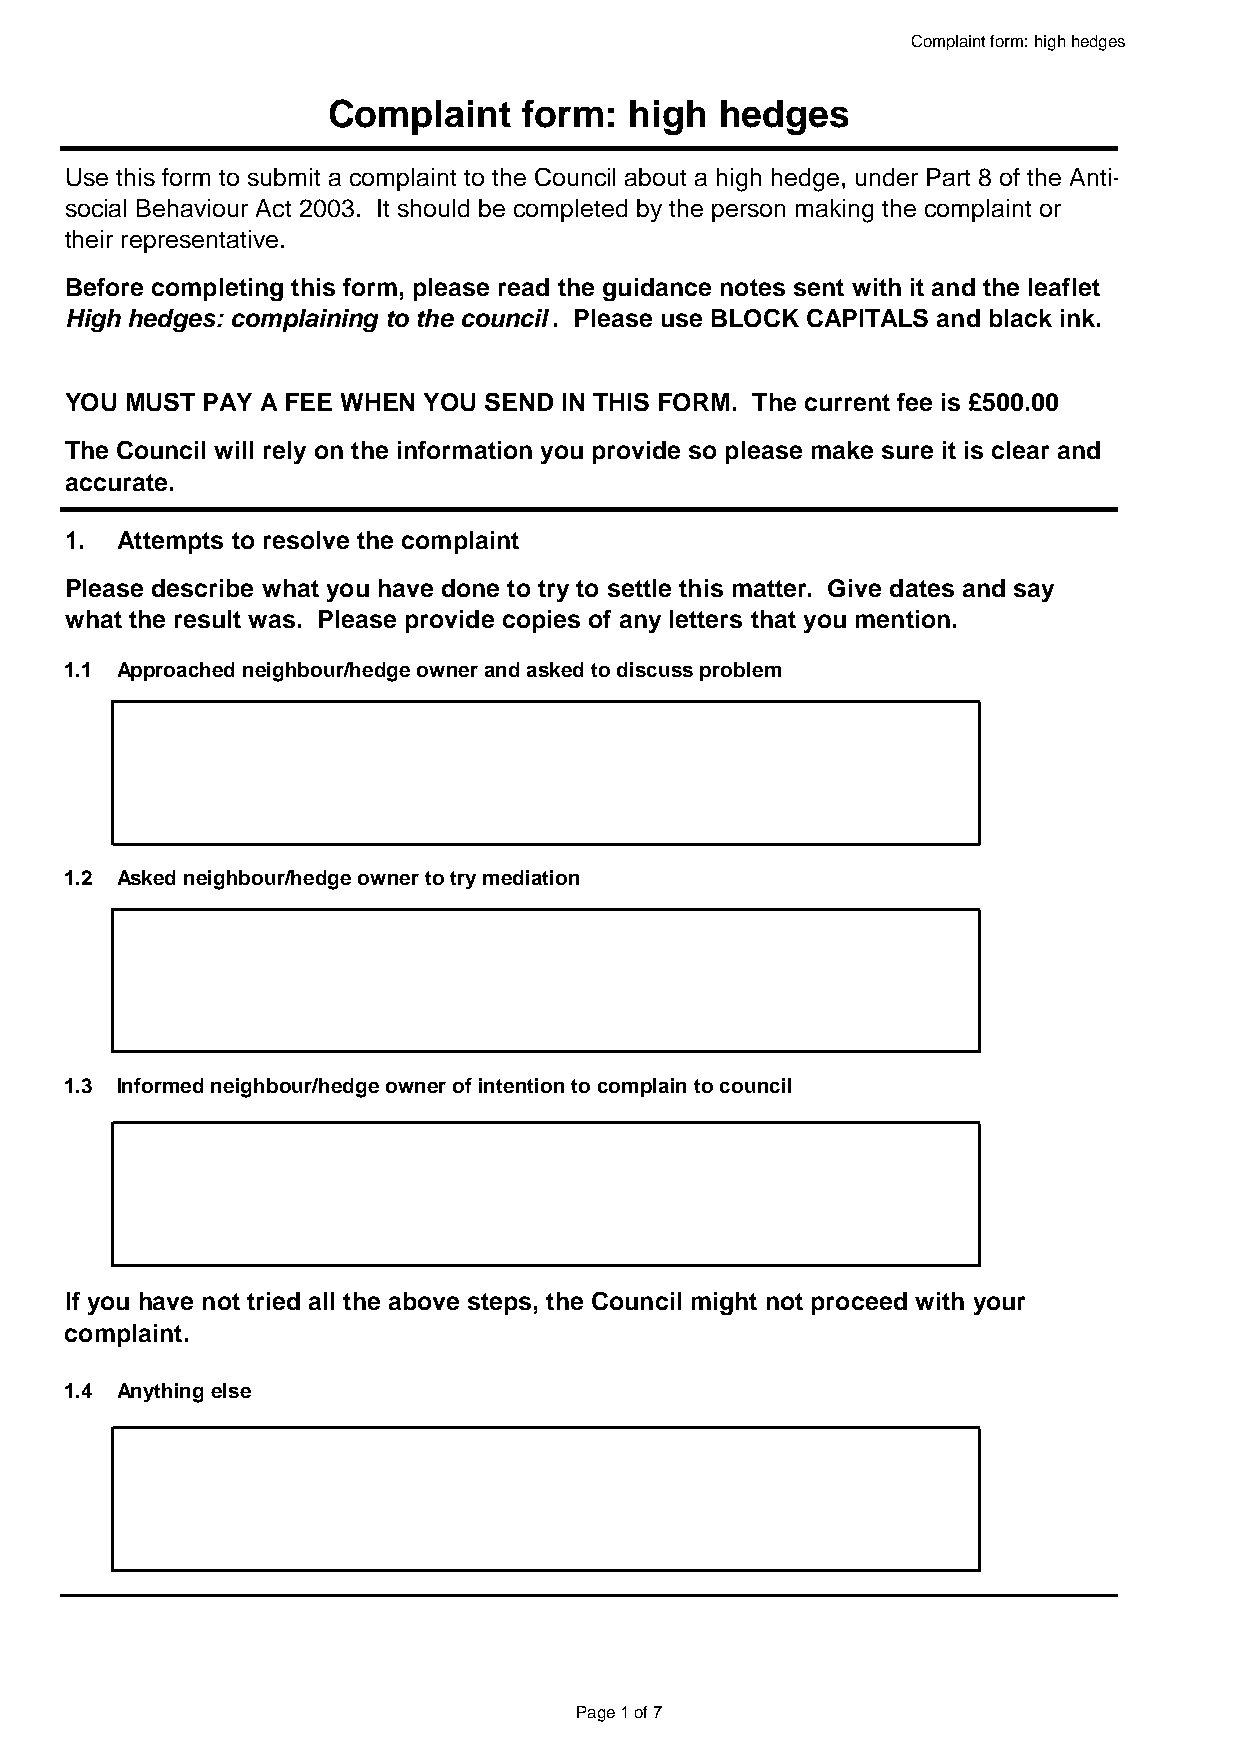
Complaint form: high hedges
 Complaint    form:  high  hedges
 Use this form to submit a complaint to the Council about a high hedge, under Part 8 of the Anti-
 social Behaviour Act 2003. It should be completed by the person making the complaint or
 their representative.
 Before completing this form, please read the guidance notes sent with it and the leaflet
 High hedges: complaining to the council . Please use BLOCK CAPITALS and black ink.
 YOU MUST PAY A FEE WHEN YOU SEND IN THIS FORM. The current fee is £500.00
 The Council will rely on the information you provide so please make sure it is clear and
 accurate.
 1.  Attempts to resolve the complaint
 Please describe what you have done to try to settle this matter. Give dates and say
 what the result was. Please provide copies of any letters that you mention.
 1.1 Approached neighbour/hedge owner and asked to discuss problem
 1.2 Asked neighbour/hedge owner to try mediation
 1.3 Informed neighbour/hedge owner of intention to complain to council
 If you have not tried all the above steps, the Council might not proceed with your
 complaint.
 1.4 Anything else
 Page 1 of 7